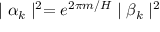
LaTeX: \mid \alpha _ { k } \mid ^ { 2 } = e ^ { 2 \pi m / H } \mid \beta _ { k } \mid ^ { 2 }